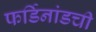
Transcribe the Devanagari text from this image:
फर्डिनांडची